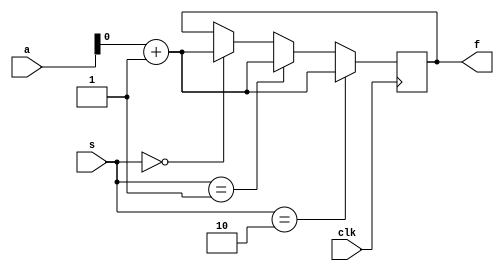
 module mux(f,a,s,clk);
		input [7:0]a;
		input [2:0]s;
		input clk;
		output reg f;
	integer k,i;
always @(posedge clk)
	
	for(k=0;k<=7;k=k+1)
	  	begin
			for(i=0;i<=2;i=i+1)
				begin
			      if(s==i)
			       f<=a+k;
				end
				
        end
endmodule